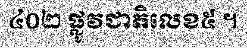
៤០២ ផ្លូវជាតិលេខ៥ ។